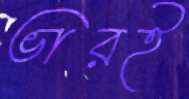
ভারই